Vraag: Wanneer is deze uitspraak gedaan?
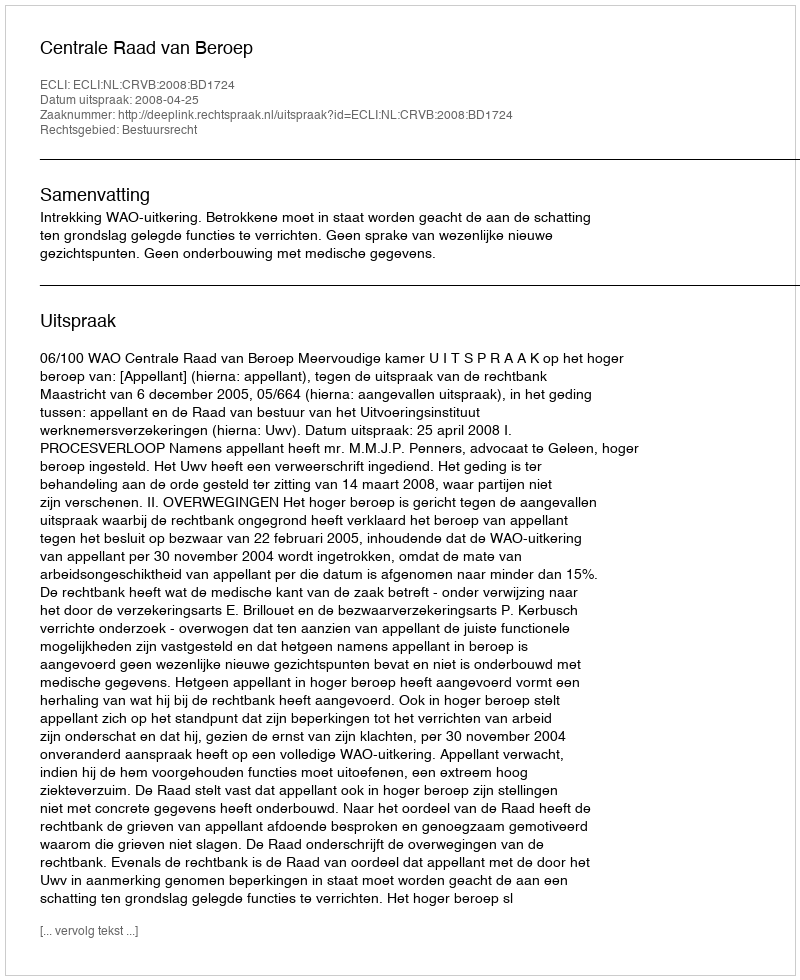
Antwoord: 2008-04-25